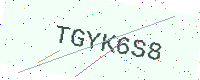
Text: TGYK6S8